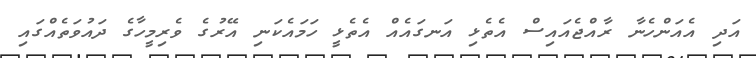
އަދި އެއަންހެނާ ރާއްޖެއައިސް އެތެޅި އަނގައެއް އެތެޅީ ހަމައެކަނި އޭރުގެ ވެރިމީހާގެ ދައުވަތެއްގައި